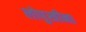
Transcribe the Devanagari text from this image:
लोपुखीना